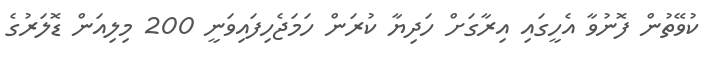
ކުވޭތުން ފޮނުވާ އެހީގައި އިރާގަށް ހަދިޔާ ކުރަން ހަމަޖެހިފައިވަނީ 200 މިލިއަން ޑޮލަރުގެ